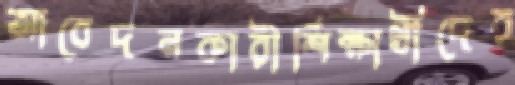
আবেদনকারীশিক্ষার্থীদের